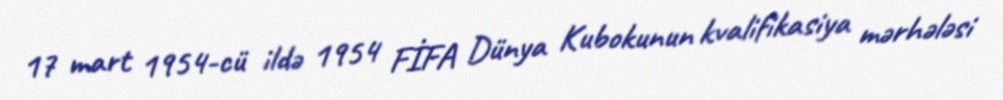
17 mart 1954-cü ildə 1954 FİFA Dünya Kubokunun kvalifikasiya mərhələsi